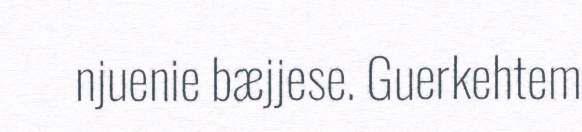
njuenie bæjjese. Guerkehtem